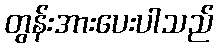
တွန်းအားပေးပါသည်